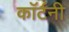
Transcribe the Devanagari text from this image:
काॅर्टनी